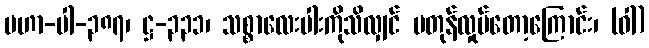
မဟာ-ပါ-၃၈၇၊ ဋ္ဌ-၃၃၁၊ သစ္စာလေးပါးကိုသိလျှင် မတုန်လှုပ်တော့ကြောင်း၊ (ဝါ)